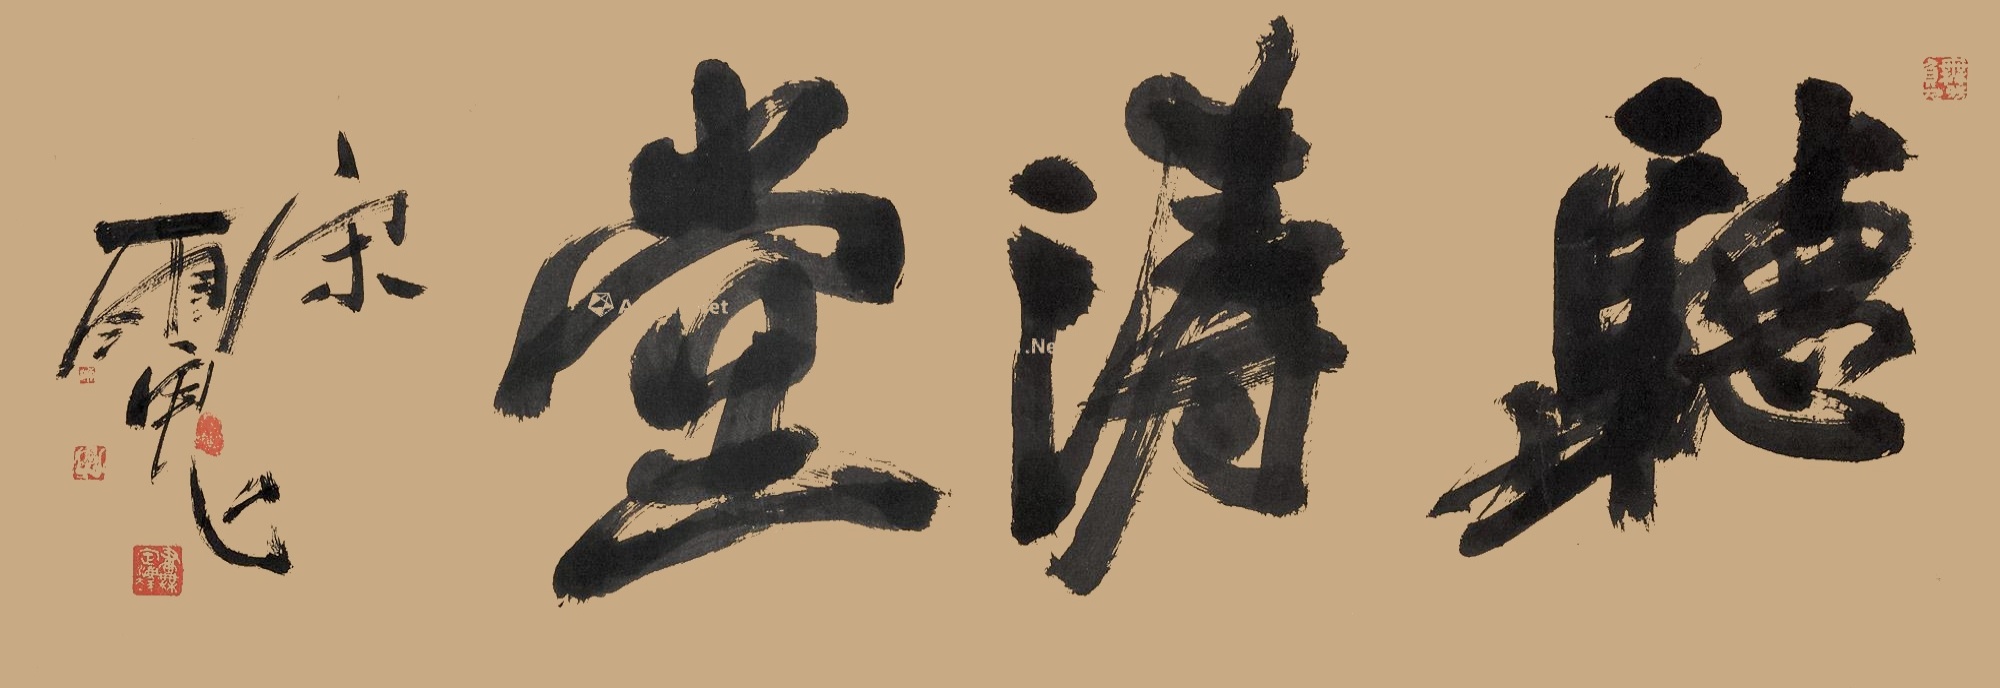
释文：听涛堂。宋雨鬼。